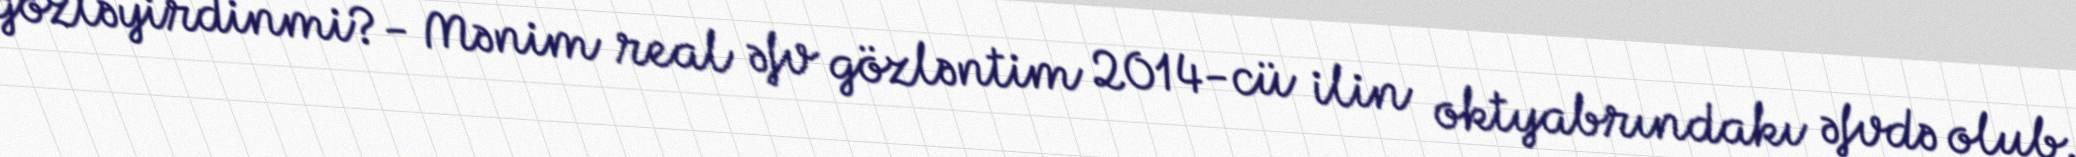
gözləyirdinmi?- Mənim real əfv gözləntim 2014-cü ilin oktyabrındakı əfvdə olub.